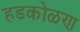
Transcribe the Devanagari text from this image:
हडकोळण